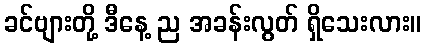
ခင်ဗျားတို့ ဒီနေ့ ည အခန်းလွတ် ရှိသေးလား။